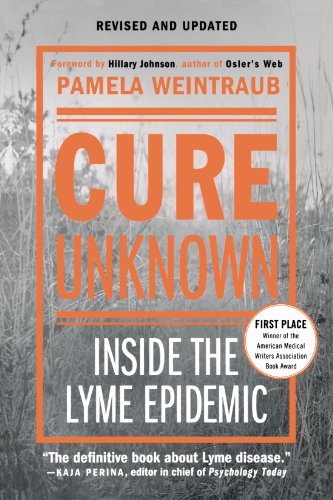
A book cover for Cure Unknown: Inside the Lyme Epidemic; Pamela Weintraub; Health, Fitness & Dieting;